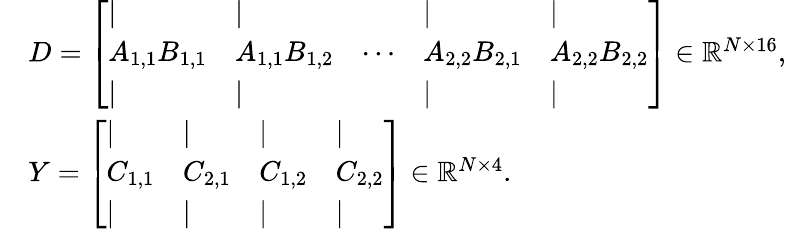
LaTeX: \begin{array}{rl}&{D=\left[\begin{array}{lllll}{|}&{|}&&{|}&{|}\\ {A_{1,1}B_{1,1}}&{A_{1,1}B_{1,2}}&{\cdots}&{A_{2,2}B_{2,1}}&{A_{2,2}B_{2,2}}\\ {|}&{|}&&{|}&{|}\end{array}\right]\in\mathbb{R}^{N\times 16},}\\ &{Y=\left[\begin{array}{llll}{|}&{|}&{|}&{|}\\ {C_{1,1}}&{C_{2,1}}&{C_{1,2}}&{C_{2,2}}\\ {|}&{|}&{|}&{|}\end{array}\right]\in\mathbb{R}^{N\times 4}.}\end{array}